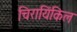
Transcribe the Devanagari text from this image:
चिरायिंकिल